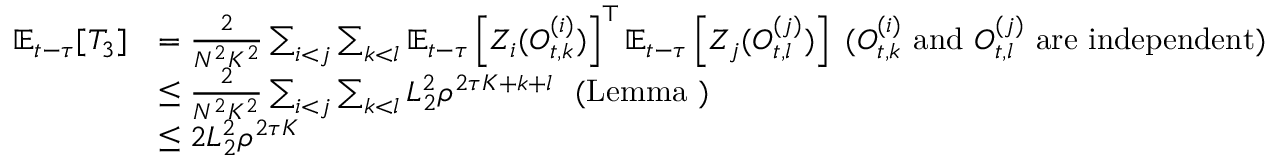
\begin{array} { r l } { \mathbb { E } _ { t - \tau } [ T _ { 3 } ] } & { = \frac { 2 } { N ^ { 2 } K ^ { 2 } } \sum _ { i < j } \sum _ { k < l } \mathbb { E } _ { t - \tau } \left[ Z _ { i } ( O _ { t , k } ^ { ( i ) } ) \right] ^ { \top } \mathbb { E } _ { t - \tau } \left[ Z _ { j } ( O _ { t , l } ^ { ( j ) } ) \right] \ ( O _ { t , k } ^ { ( i ) } \mathrm { ~ a n d ~ } O _ { t , l } ^ { ( j ) } \mathrm { ~ a r e ~ i n d e p e n d e n t } ) } \\ & { \le \frac { 2 } { N ^ { 2 } K ^ { 2 } } \sum _ { i < j } \sum _ { k < l } L _ { 2 } ^ { 2 } \rho ^ { 2 \tau K + k + l } \ \mathrm { ~ ( L e m m a ~ ) ~ } } \\ & { \le 2 L _ { 2 } ^ { 2 } \rho ^ { 2 \tau K } } \end{array}